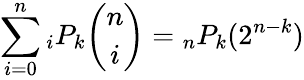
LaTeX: \sum_{i=0}^{n}{}_{i}P_{k}{\binom{n}{i}}={}_{n}P_{k}(2^{n-k})